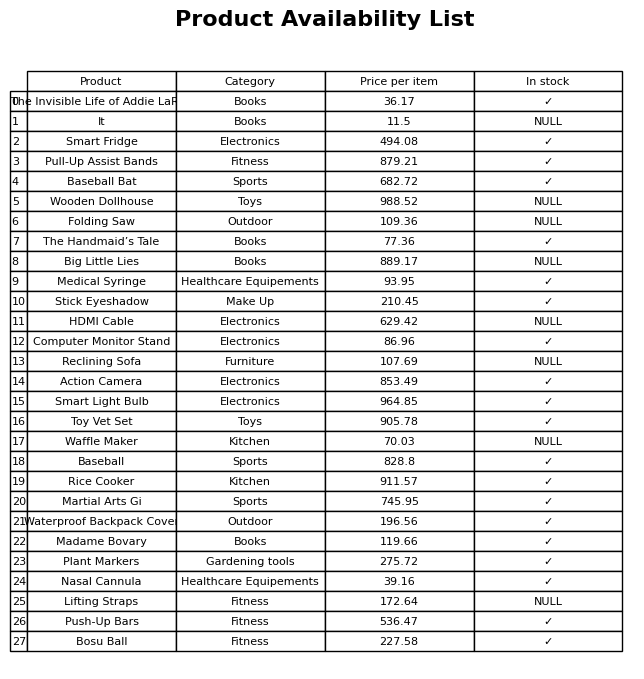
question: What is the stock status of the Waffle Maker?
answer: NULL